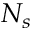
N _ { s }